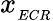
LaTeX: x_{_{ECR}}